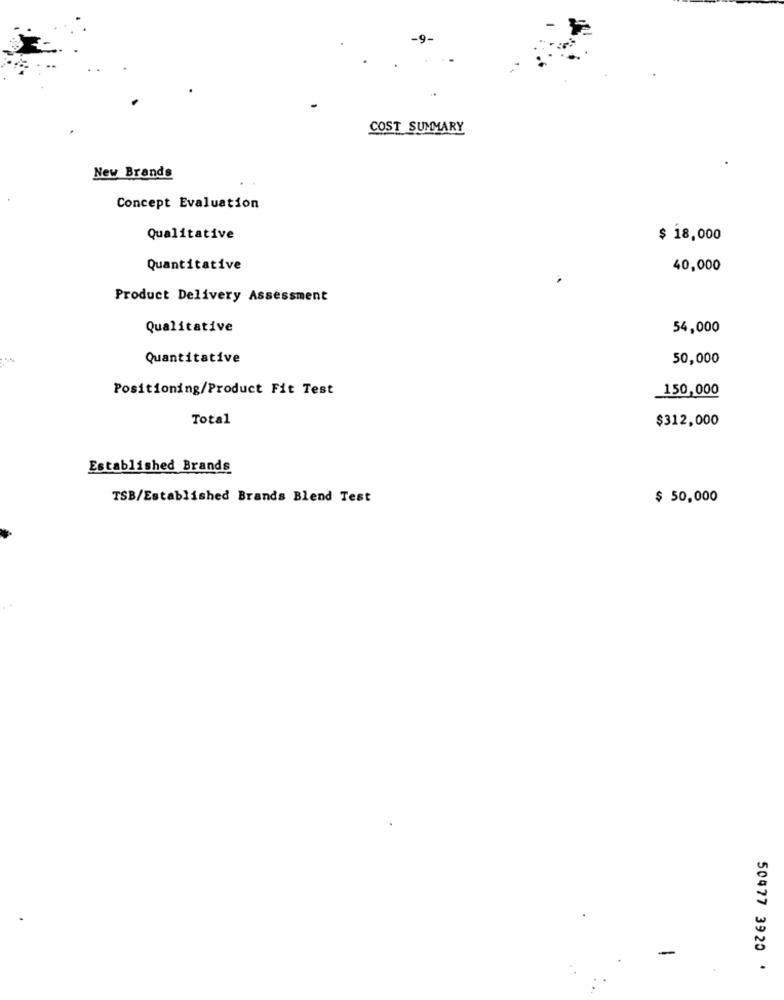
COST SUMMARY
New Brands
Concept Evaluation
Qualitative
$ 18,000
Quantitative
40,000
Product Delivery Assessment
Qualitative
54,000
Quantitative
50,000
Positioning/Product Fit Test
150,000
Total
$312,000
Established Brands
TSB/Established Brands Blend Test
$ 50,000
50477 3920 '